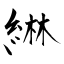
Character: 綝